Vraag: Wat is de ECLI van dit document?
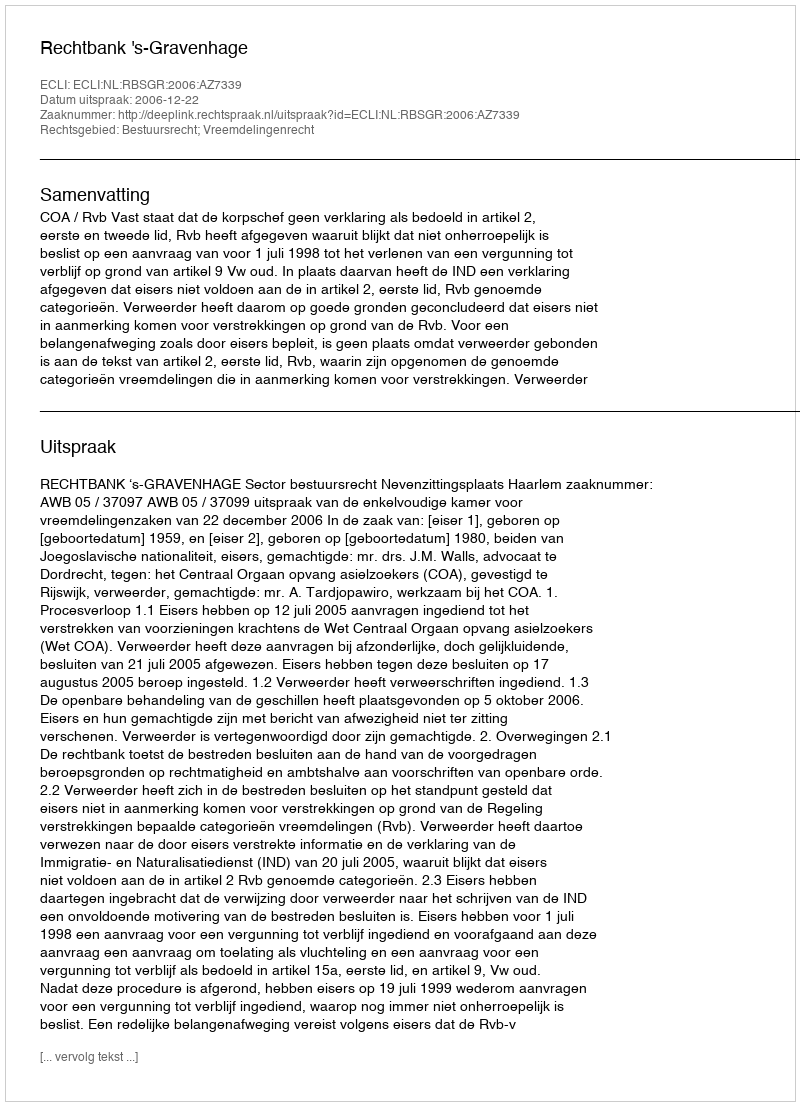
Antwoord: ECLI:NL:RBSGR:2006:AZ7339